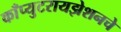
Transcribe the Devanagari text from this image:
काँप्युटरायझेशनचे